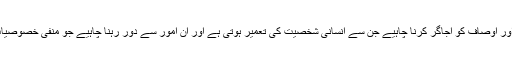
ہمیں اُن خوبیوں اور اوصاف کو اجاگر کرنا چاہیے جن سے انسانی شخصیت کی تعمیر ہوتی ہے اور اُن امور سے دور رہنا چاہیے جو منفی خصوصیات کی حامل ہیں۔